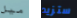
ميل ستزيد